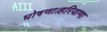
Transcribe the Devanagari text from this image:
घोषणा।हरियाणा